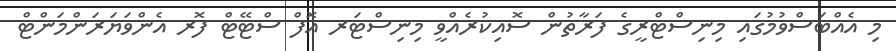
މި އެއްބަސްވުމުގައި މިނިސްޓްރީގެ ފަރާތުން ސޮއިކުރެއްވީ މިނިސްޓަރ އޮފް ސްޓޭޓް ފޮރ އެންވަޔަރަންމަންޓް